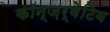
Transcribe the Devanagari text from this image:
कॉन्ज़र्वेटिव